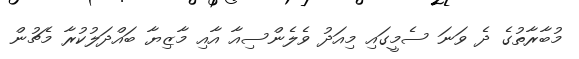
މުބާރާތުގެ ދެ ވަނަ ސެމީގައި މިއަދު ވެލެންސިއާ އާއި މާޒިޔާ ބައްދަލުކުރާ މެޗުން